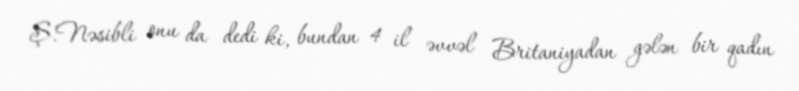
Ş.Nəsibli onu da dedi ki, bundan 4 il əvvəl Britaniyadan gələn bir qadın